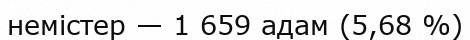
немістер — 1 659 адам (5,68 %)